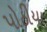
પોઠીયા